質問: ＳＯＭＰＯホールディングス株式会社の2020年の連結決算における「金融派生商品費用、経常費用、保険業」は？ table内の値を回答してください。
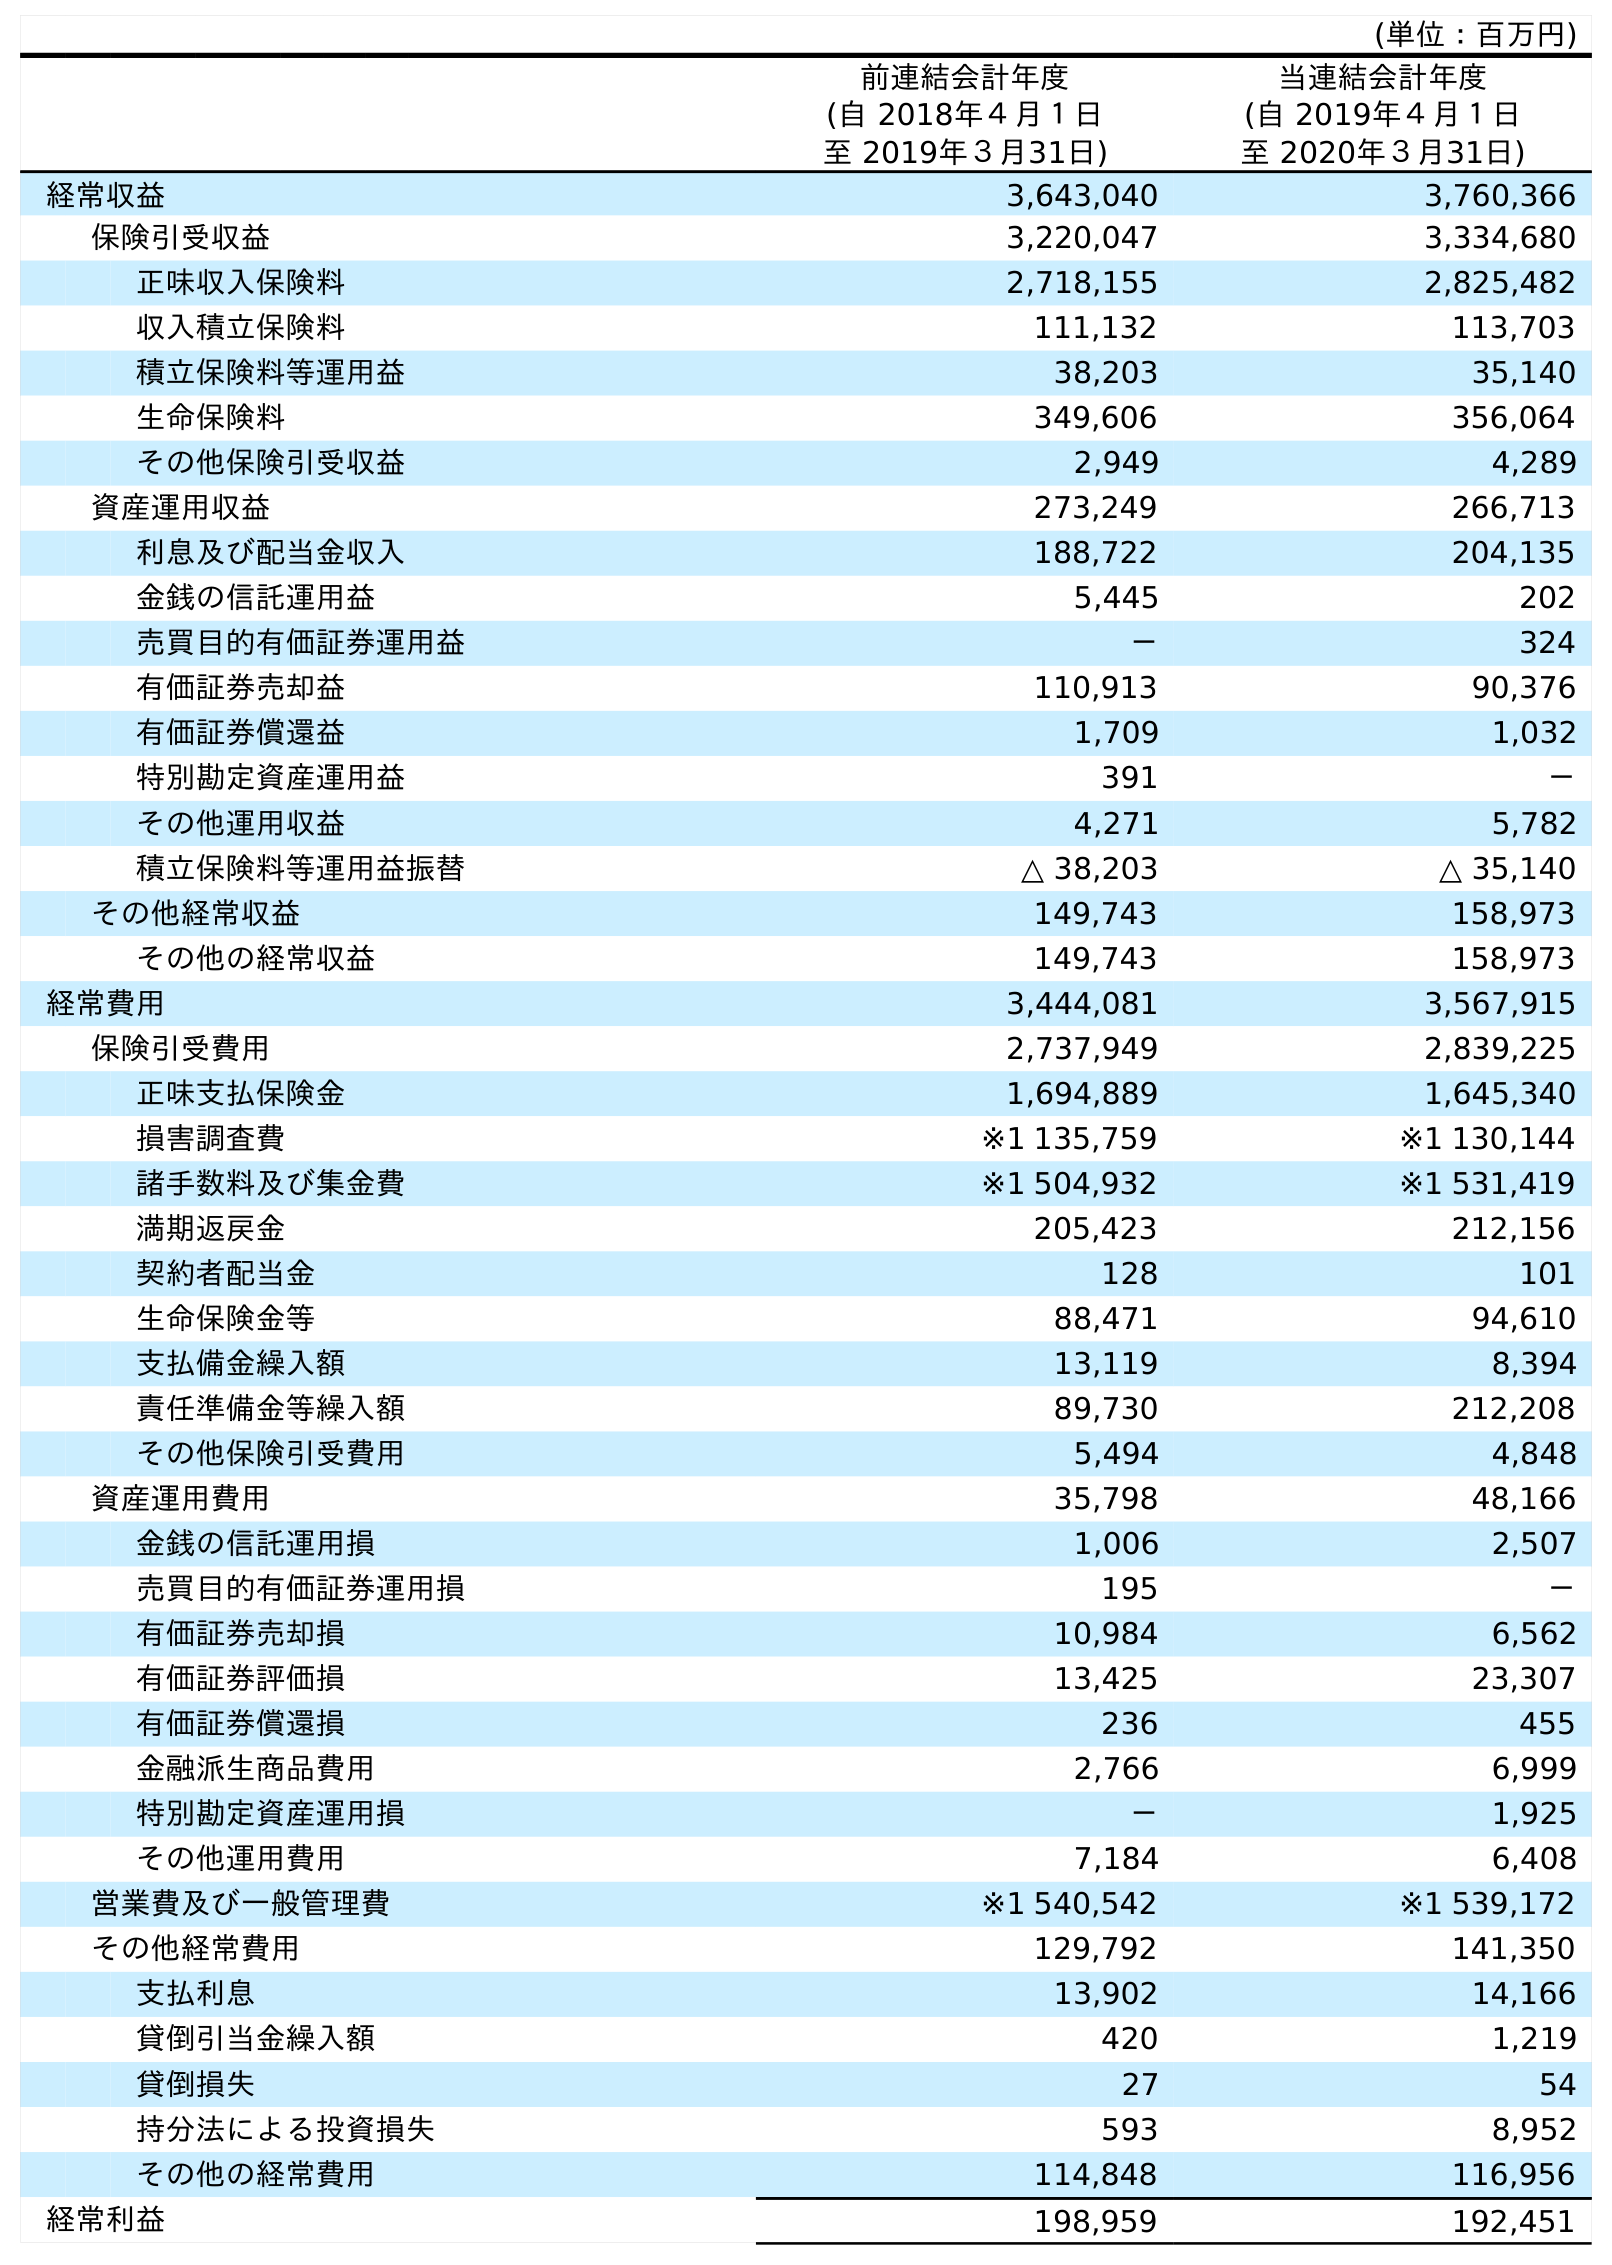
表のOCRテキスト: (単位：百万円) 前連結会計年度 (自 2018年４月１日 至 2019年３月31日) 当連結会計年度 (自 2019年４月１日 至 2020年３月31日) 経常収益 3,643,040 3,760,366 保険引受収益 3,220,047 3,334,680 正味収入保険料 2,718,155 2,825,482 収入積立保険料 111,132 113,703 積立保険料等運用益 38,203 35,140 生命保険料 349,606 356,064 その他保険引受収益 2,949 4,289 資産運用収益 273,249 266,713 利息及び配当金収入 188,722 204,135 金銭の信託運用益 5,445 202 売買目的有価証券運用益 － 324 有価証券売却益 110,913 90,376 有価証券償還益 1,709 1,032 特別勘定資産運用益 391 － その他運用収益 4,271 5,782 積立保険料等運用益振替 △ 38,203 △ 35,140 その他経常収益 149,743 158,973 その他の経常収益 149,743 158,973 経常費用 3,444,081 3,567,915 保険引受費用 2,737,949 2,839,225 正味支払保険金 1,694,889 1,645,340 損害調査費 ※1 135,759 ※1 130,144 諸手数料及び集金費 ※1 504,932 ※1 531,419 満期返戻金 205,423 212,156 契約者配当金 128 101 生命保険金等 88,471 94,610 支払備金繰入額 13,119 8,394 責任準備金等繰入額 89,730 212,208 その他保険引受費用 5,494 4,848 資産運用費用 35,798 48,166 金銭の信託運用損 1,006 2,507 売買目的有価証券運用損 195 － 有価証券売却損 10,984 6,562 有価証券評価損 13,425 23,307 有価証券償還損 236 455 金融派生商品費用 2,766 6,999 特別勘定資産運用損 － 1,925 その他運用費用 7,184 6,408 営業費及び一般管理費 ※1 540,542 ※1 539,172 その他経常費用 129,792 141,350 支払利息 13,902 14,166 貸倒引当金繰入額 420 1,219 貸倒損失 27 54 持分法による投資損失 593 8,952 その他の経常費用 114,848 116,956 経常利益 198,959 192,451
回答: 6,999